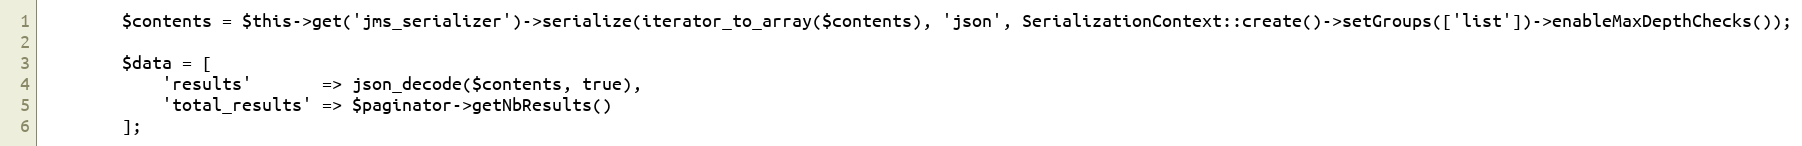
Language: PHP
        $contents = $this->get('jms_serializer')->serialize(iterator_to_array($contents), 'json', SerializationContext::create()->setGroups(['list'])->enableMaxDepthChecks());

        $data = [
            'results'       => json_decode($contents, true),
            'total_results' => $paginator->getNbResults()
        ];